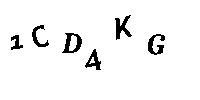
1CD4KG